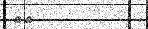
٣٤